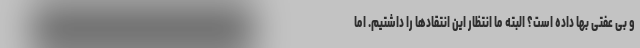
و بی عفتی بها داده است؟ البته ما انتظار این انتقادها را داشتیم. اما